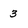
Character: 3